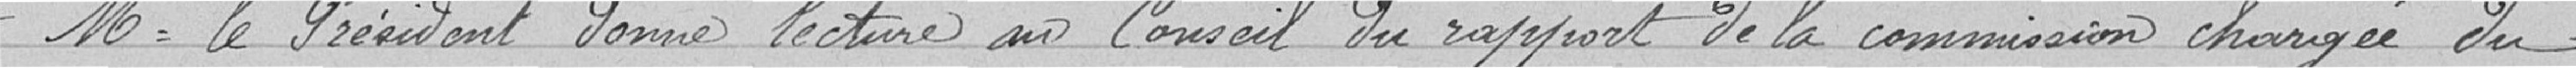
Monsieur le Président donne lecture au Conseil du rapport de la commission chargée du